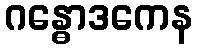
ဂန္ဓောဒကေန